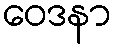
ဝေဒနာ